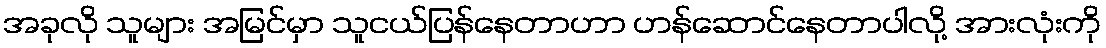
အခုလို သူများ အမြင်မှာ သူငယ်ပြန်နေတာဟာ ဟန်ဆောင်နေတာပါလို့ အားလုံးကို